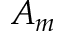
A _ { m }